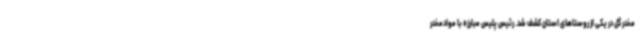
مخدر گل در یکی از روستاهای استان کشف شد. رئیس پلیس مبارزه با موادمخدر